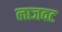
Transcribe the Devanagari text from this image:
लाजवट